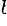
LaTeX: ^{b}\!